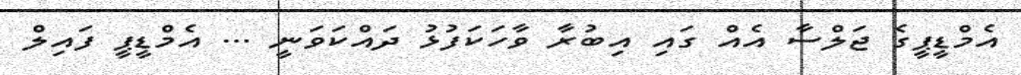
އެމްޑީޕީގެ ޖަލްސާ އެއް ގައި އިބުރާ ވާހަކަފުޅު ދައްކަވަނީ ... އެމްޑީޕީ ފައިލް